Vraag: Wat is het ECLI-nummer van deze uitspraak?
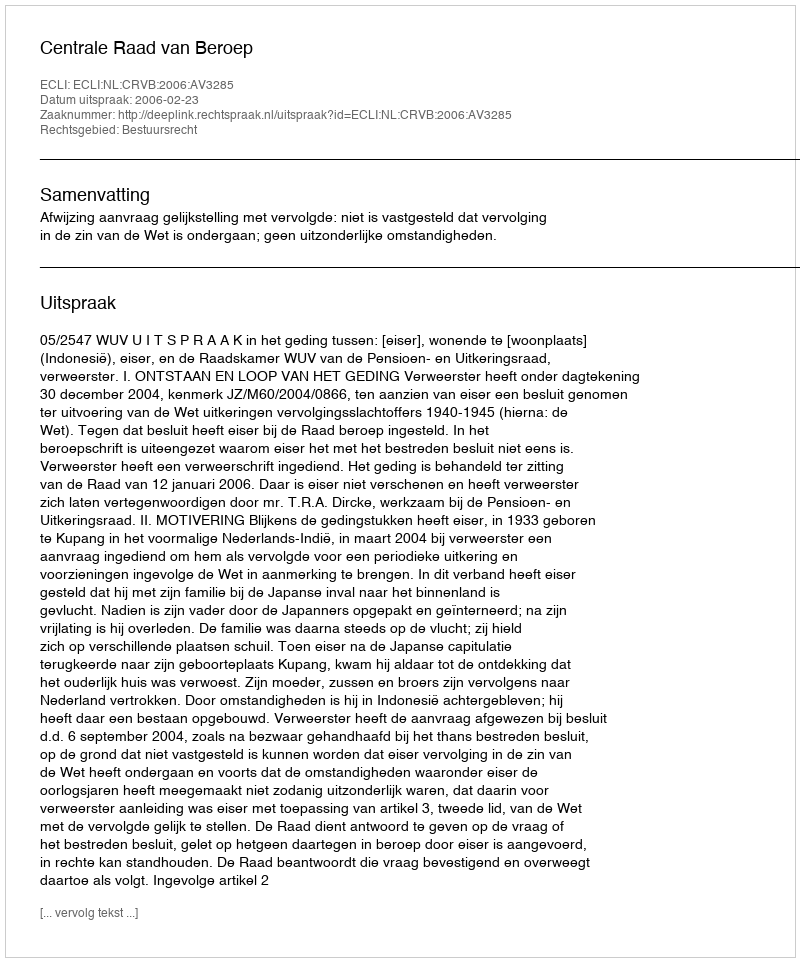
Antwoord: ECLI:NL:CRVB:2006:AV3285